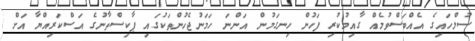
ސުލްހައިގެ އެއްބަސްވުމެއް ގާއިމުކުރި ފަހުން ހިނގަމުން އަންނަ ހަމަނުޖެހުންތަކުގައި ޕާކިސްތާނުގެ އަސްކަރިއްޔާ އަށް